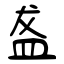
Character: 盋